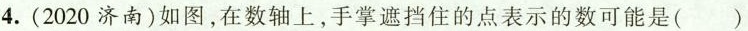
4.(2020济南)如图，在数轴上，手掌遮挡住的点表示的数可能是()